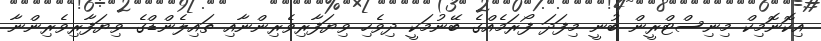
އިކޮނޮމިކް މިނިސްޓްރީން ބުނީ މިފަދަ ފޯރަމެއްގެ ބޭނުމަކީ ދިވެހި ވިޔަފާރިވެރިންނާއި ތައިލެންޑްގެ ވިޔަފާރިވެރިންނާ